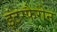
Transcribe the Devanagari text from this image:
इंटरफैरोन